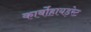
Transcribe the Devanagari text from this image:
कार्बोहायड़रेट